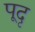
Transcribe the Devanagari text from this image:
पूदृ